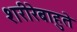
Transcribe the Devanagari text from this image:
शरीरेबाहुते